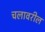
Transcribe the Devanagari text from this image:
चलावरील